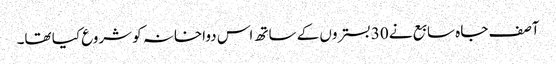
آصف جاہ سابع نے 30 بستروں کے ساتھ اس دواخانہ کو شروع کیا تھا۔